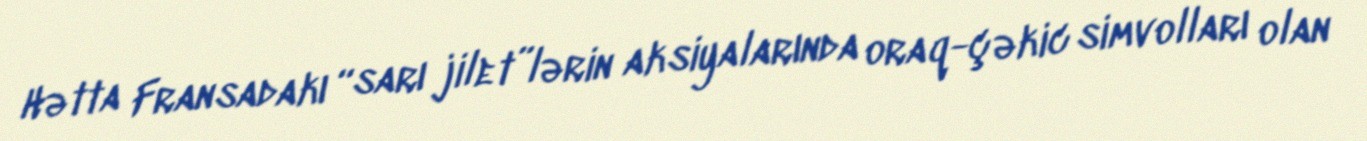
Hətta Fransadakı “sarı jilet”lərin aksiyalarında oraq-çəkic simvolları olan